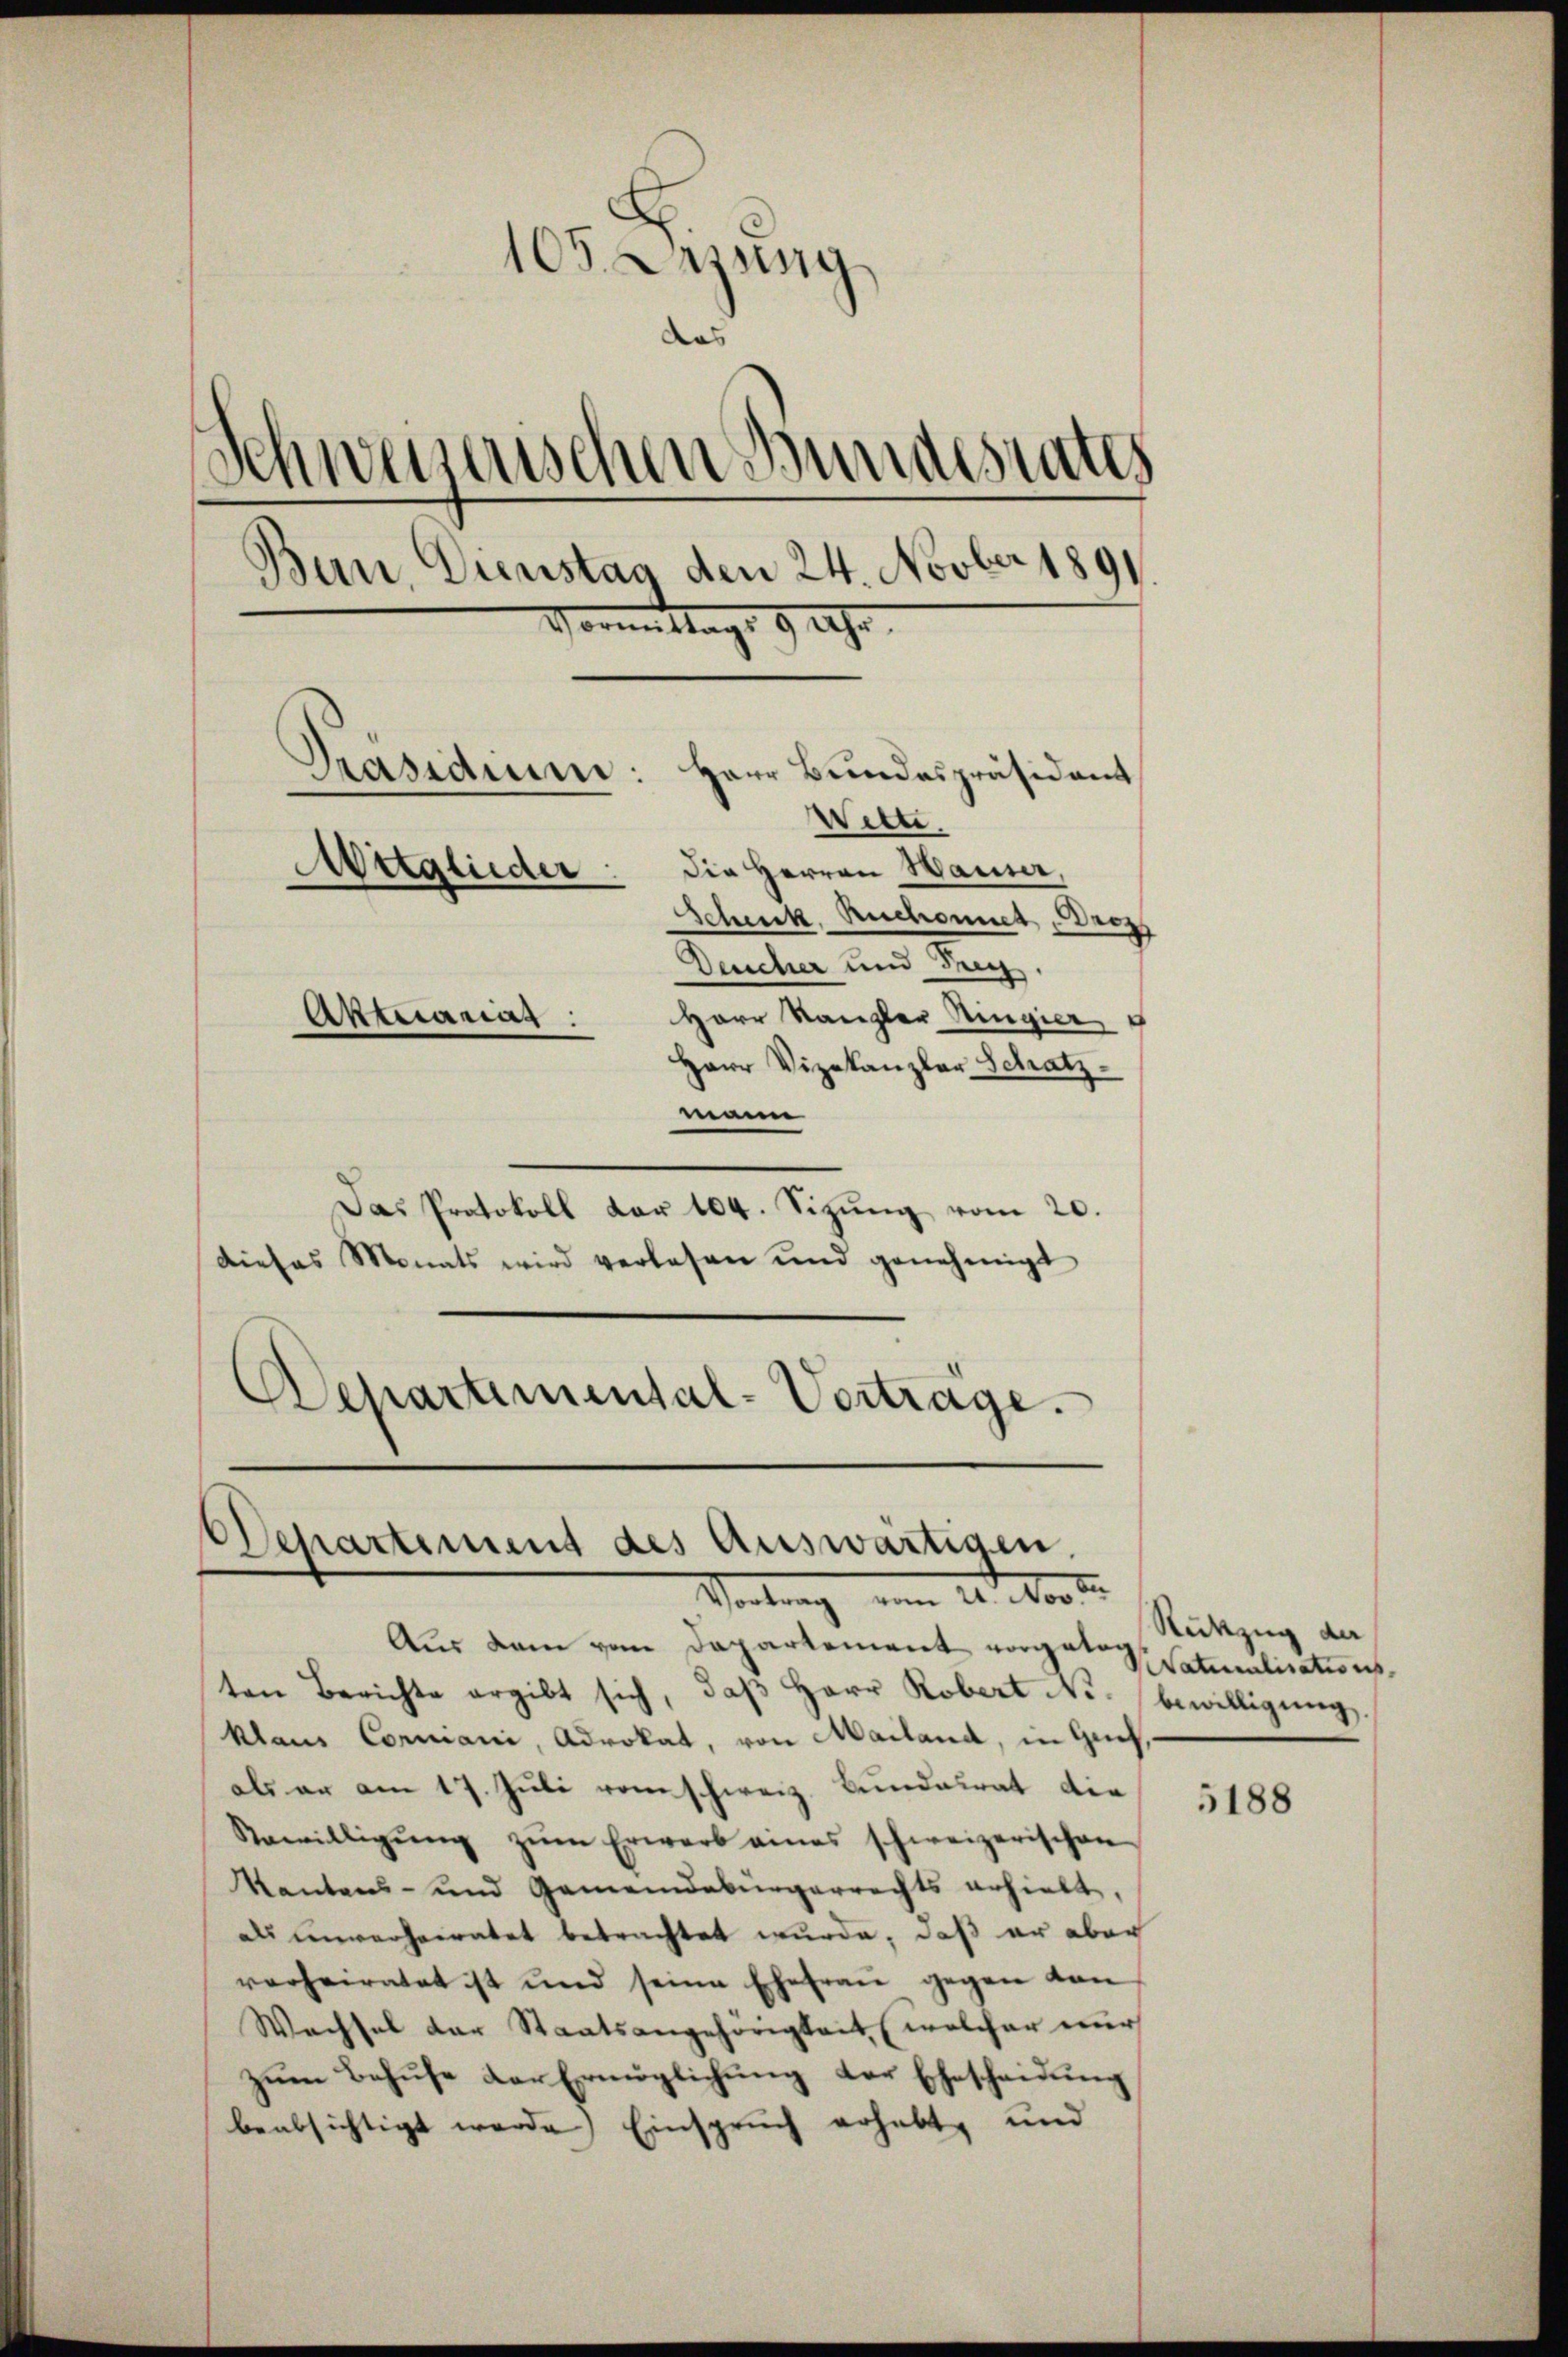
105. Lezung
das
Schweizerischen Bundesrates
Bun, Dienstag den 24. Novber 1891.
Vormittags 9 Uhr.
Präsidium:
Herr Bundespräsident
Witte,
Mitglieder. Die Herren Hauser,
e
Schenk, Ruchonnet, rez
Deucher und Frey,
Herr Kanzler Ringier, 5
Aktuariat:
Herr Vizekanzler Schatz
mein

Das Protokoll der 104. Sizŭng vom 20.
dieses Monats wird verlesen und genehmigt
Departemental-Verträge.

6
Departement des Auswärtigen,
Vortrag von 20. Nord

Aus dem vom Departement vorgetag
ten Berichte ergibt sich, daβ Herr Robert No. bewilligŭng.
klaus Corniani, Advokat, von Mailand, in Genf,
als er am 17. Juli vom schweiz. Bundalrat die
Sewilligŭng zŭm Erwarb eines schweizerischen
Kantons- und Gemeindebürgerrechts erhielt,
als unverheiratet betrachtet wurde, daß er aber
verheiratet ist und seine Ehefraŭ gegen den
Wachsel der Staatsangehörigkeit (welcher nur
zŭm Behŭse der Ermöglichŭng der Ehescheidŭng
beabsichtigt werde Einspruch erhalt, und

Rükzug der
Naturalisations-

5188